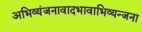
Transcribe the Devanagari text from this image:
अभिव्यंजनावादभावाभिव्यन्जना